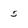
Character: 5